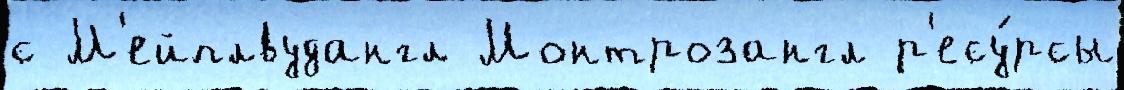
с М'ейплвудангл Монтрозангл р'есу́рсы